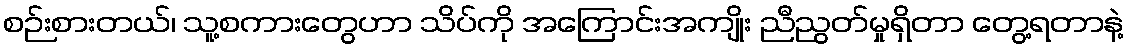
စဉ်းစားတယ်၊ သူ့စကားတွေဟာ သိပ်ကို အကြောင်းအကျိုး ညီညွတ်မှုရှိတာ တွေ့ရတာနဲ့